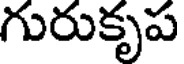
గురుకృప